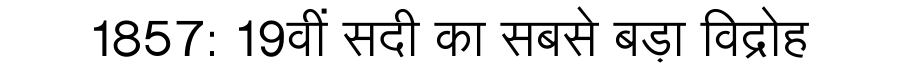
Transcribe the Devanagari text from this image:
1857: 19वीं सदी का सबसे बड़ा विद्रोह